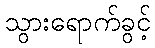
သွားရောက်ခွင့်